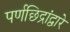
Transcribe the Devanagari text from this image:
पर्णछिद्रांद्वारे